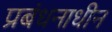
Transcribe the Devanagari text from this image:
प्रबंधनाधीन